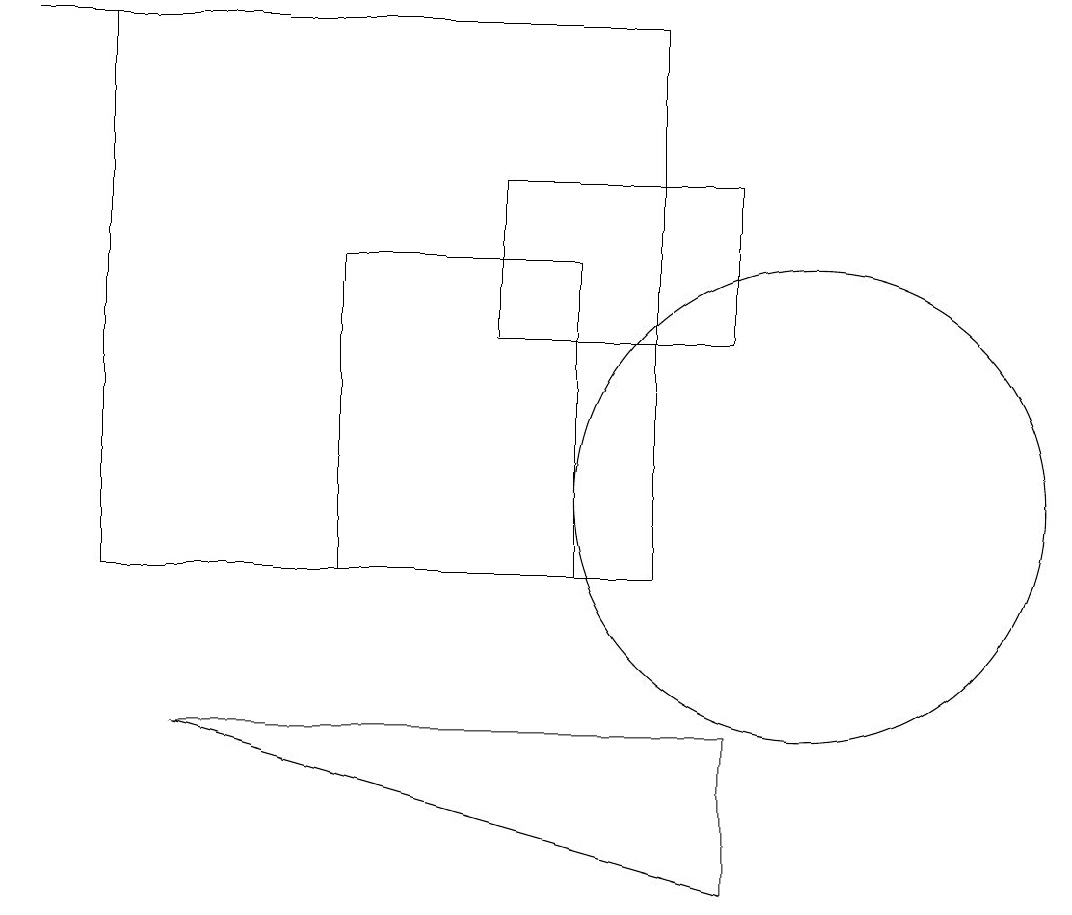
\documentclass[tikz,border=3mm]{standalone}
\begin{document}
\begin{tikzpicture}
\draw (0,18) rectangle (2,18);
\draw (10,12) circle (3);
\draw (8,11) rectangle (1,18);
\draw (7,11) rectangle (4,15);
\draw (2,9) -- (9,9) -- (9,7) -- cycle;
\draw (9,14) rectangle (6,16);
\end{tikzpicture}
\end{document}